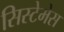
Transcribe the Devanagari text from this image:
सिस्टेमेस